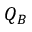
Q _ { B }